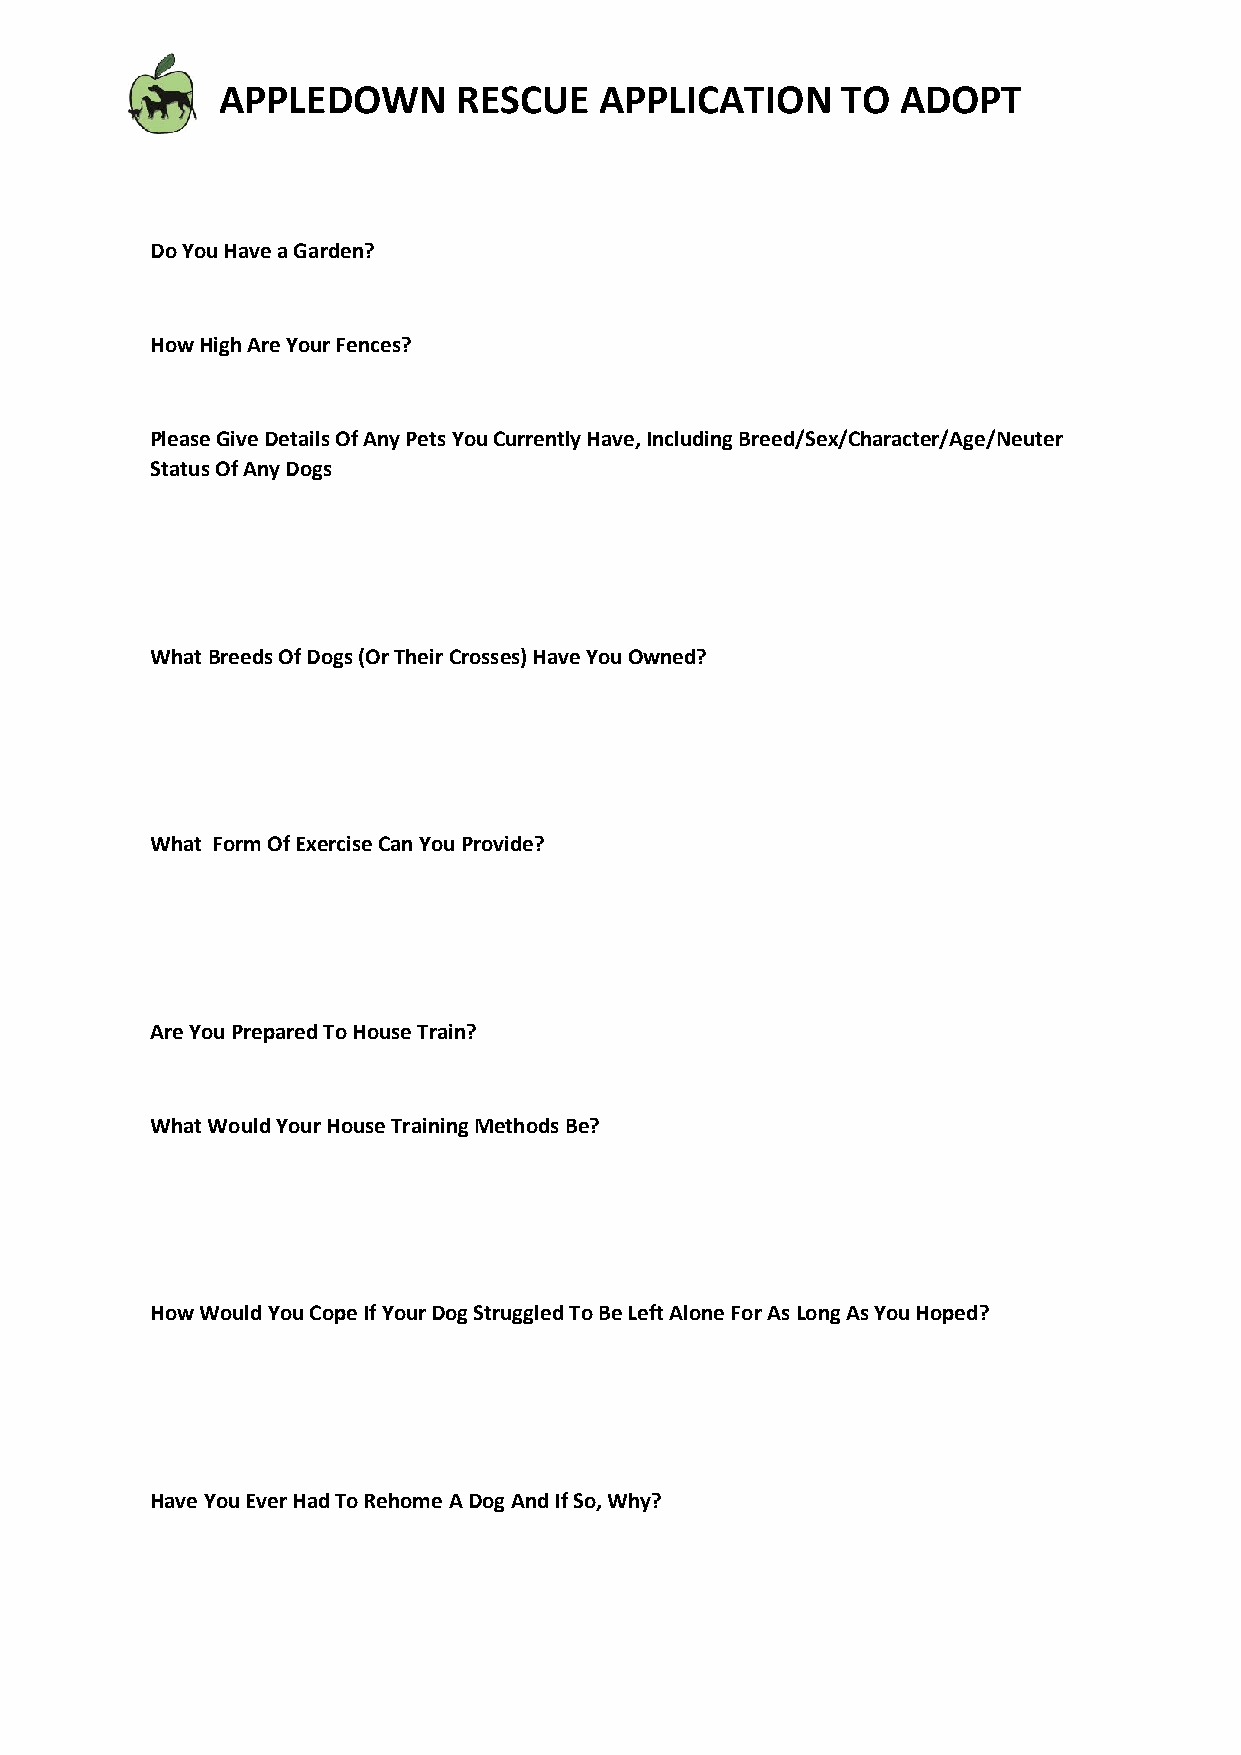
APPLEDOWN      RESCUE    APPLICATION     TO  ADOPT
 Do You Have a Garden?
 How High Are Your Fences?
 Please Give Details Of Any Pets You Currently Have, Including Breed/Sex/Character/Age/Neuter
 Status Of Any Dogs
 What Breeds Of Dogs (Or Their Crosses) Have You Owned?
 What Form Of Exercise Can You Provide?
 Are You Prepared To House Train?
 What Would Your House Training Methods Be?
 How Would You Cope If Your Dog Struggled To Be Left Alone For As Long As You Hoped?
 Have You Ever Had To Rehome A Dog And If So, Why?